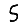
Digit: 5